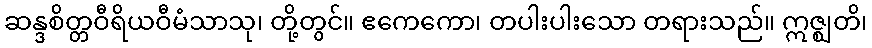
ဆန္ဒစိတ္တဝီရိယဝီမံသာသု၊ တို့တွင်။ ဧကေကော၊ တပါးပါးသော တရားသည်။ ဣဇ္ဈတိ၊